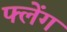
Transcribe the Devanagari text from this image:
फ्लेंग